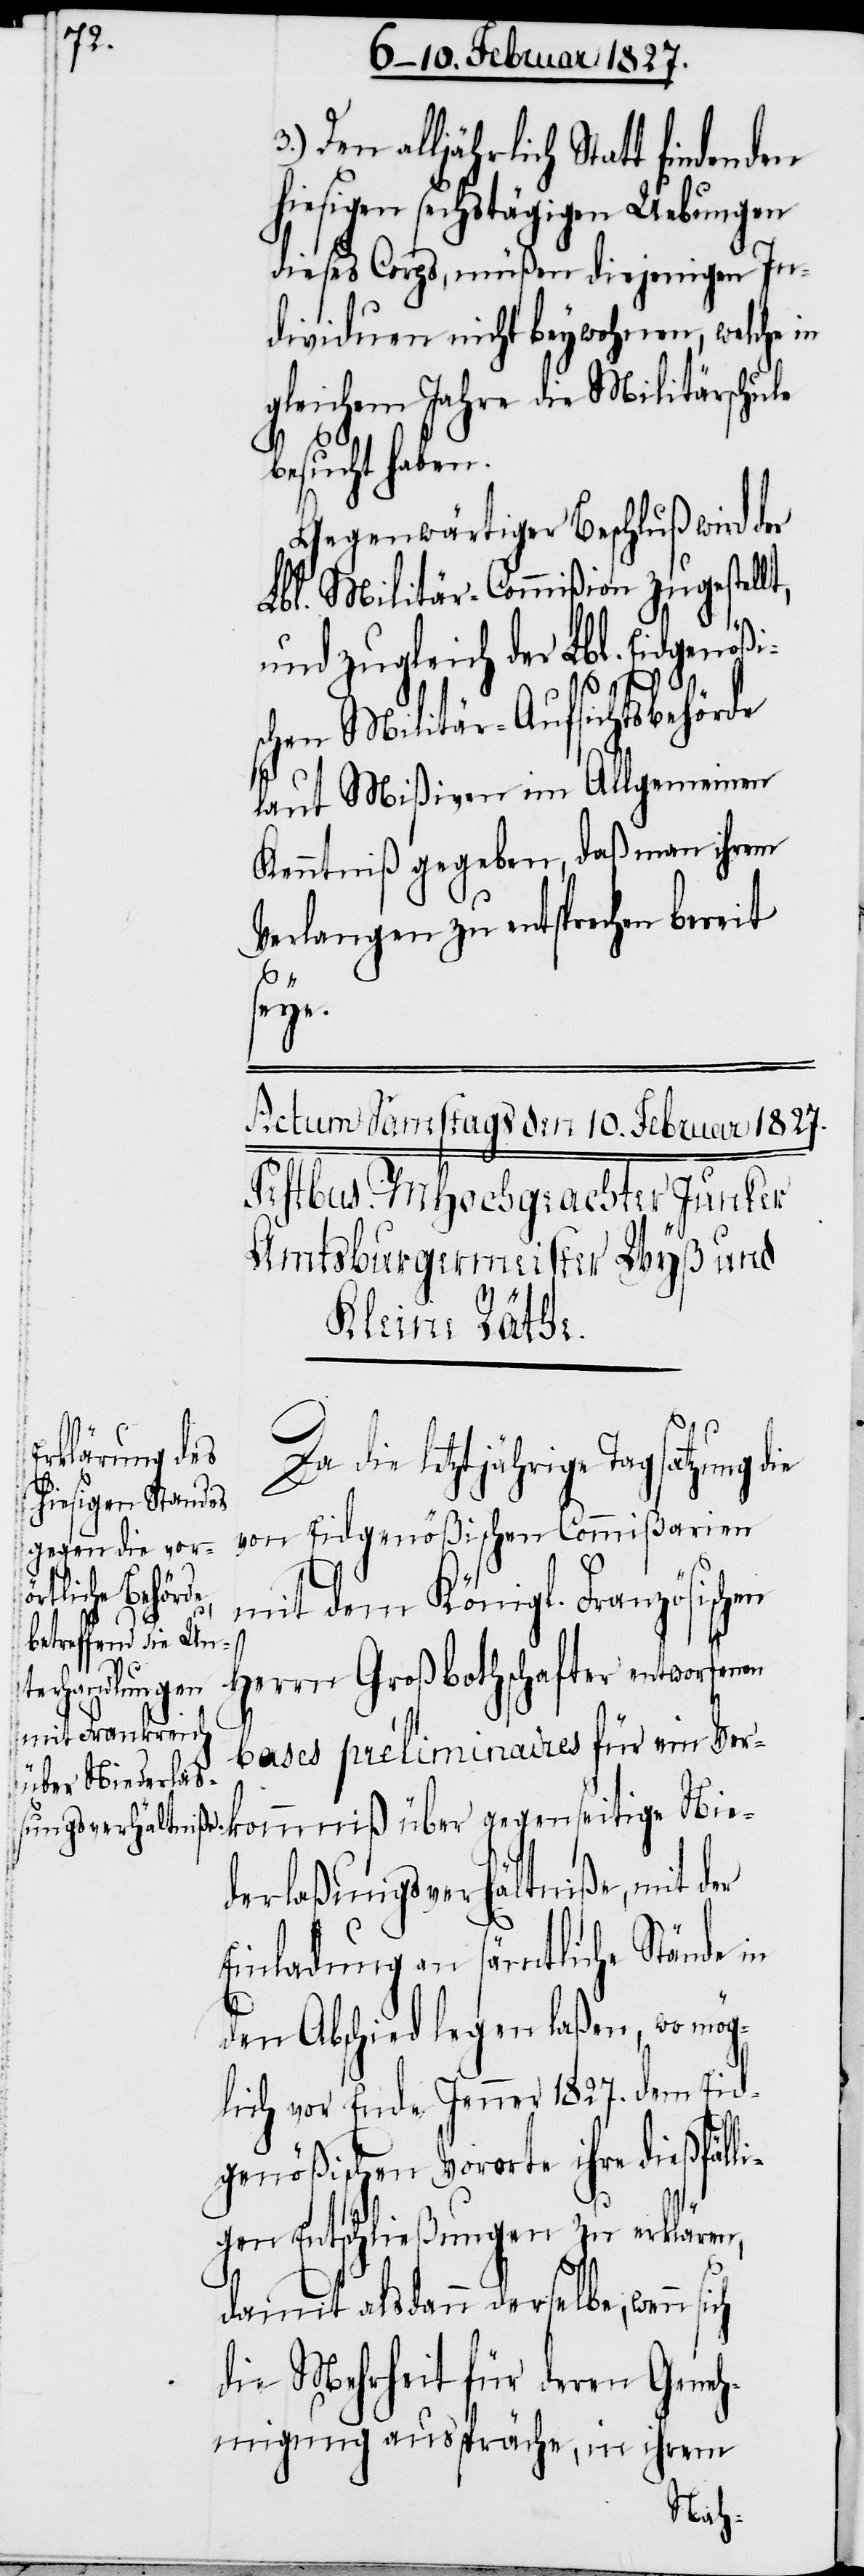
Den alljährlich Statt findenden
hiesigen sechstägigen Uebungen
dieses Corps, müßen diejenigen In¬
dividuen nicht beywohnen, welche
gleichem Jahre die Militärschule
besucht haben.
Gegenwärtiger Beschluß wird der
Lbl. Militär-Commißion zugestellt,
und zugleich der Lbl. Eidgenößi¬
schen Militär-Aufsichtsbehörde
laut Mißiven im Allgemeinen
Kenntniß gegeben, daß man ihrem
Verlangen zu entsprechen bereit
ie
Da die letztjährige Tagsatzung d¬
von Eidgenößischen Commißarien
mit dem Königl. Französischen
Herrn Großbothschafter entworfenen
bases préliminaires für ein Ver¬
kommniß über gegenseitige Nie¬
derlaßungsverhältniße, mit der
Einladung an sämtliche Stände in
den Abschied legen laßen, wo mög¬
lich vor Ende Jenner 1827. dem Eid¬
genößischen Vororte ihre dießfäll¬
igen Entschließungen zu erklären,
damit alsdann derselbe, wenn
die Mehrheit für deren Geneh¬
migung ausspräche, in ihrem